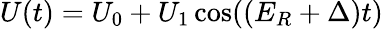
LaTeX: U(t)=U_{0}+U_{1}\cos((E_{R}+\Delta)t)